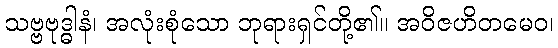
သဗ္ဗဗုဒ္ဓါနံ၊ အလုံးစုံသော ဘုရားရှင်တို့၏။ အဝိဇဟိတမေဝ၊